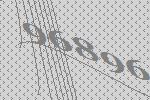
96896